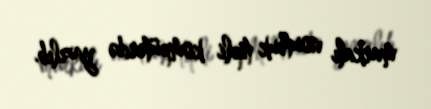
markalı noutbuk tipli kompüterdə yazılıb.